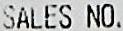
SALES NO.